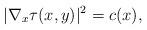
LaTeX: \begin{align*}|\nabla _{x}\tau (x,y)|^{2}=c(x), \end{align*}